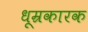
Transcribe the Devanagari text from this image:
धूम्रकारक